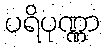
ပရိပုဏ္ဏာ